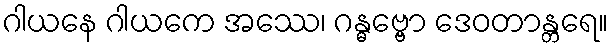
ဂါယနေ ဂါယကေ အဿေ၊ ဂန္ဓဗ္ဗော ဒေဝတာန္တရေ။